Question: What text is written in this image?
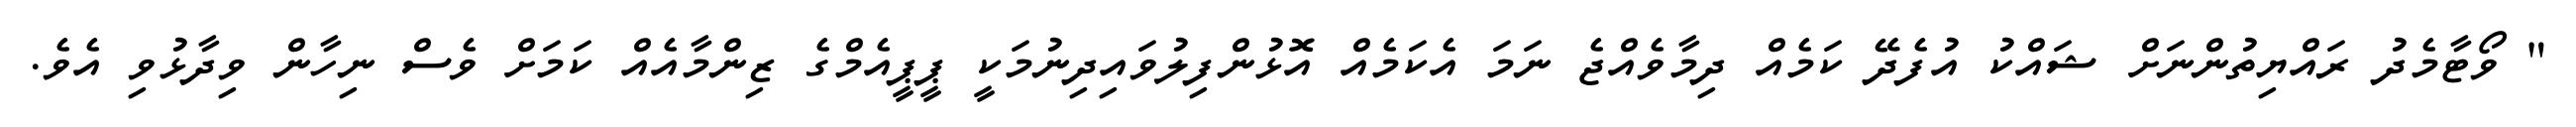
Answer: " ވޯޓާމެދު ރައްޔިތުންނަށް ޝައްކު އުފެދޭ ކަމެއް ދިމާވެއްޖެ ނަމަ އެކަމެއް އޮޅުންފިލުވައިދިނުމަކީ ޕީޕީއެމްގެ ޒިންމާއެއް ކަމަށް ވެސް ނިހާން ވިދާޅުވި އެވެ.